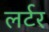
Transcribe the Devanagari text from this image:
लर्टर